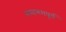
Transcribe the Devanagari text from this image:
समागमपूर्व